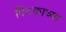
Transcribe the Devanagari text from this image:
पिटकाच्या